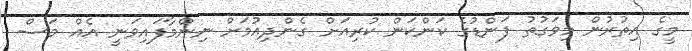
މީގެ އިތުރުން މިވަގުތު ފަންޑުގެ ކަންކަން ކުރިއަށް ގެންދިއުމަށް ނިންމާފައިވަނީ އެއް މަސް